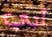
أبي